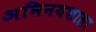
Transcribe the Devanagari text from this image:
अभिनयशाला